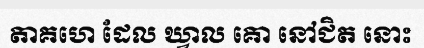
តាគហេ ដែល ឃ្វាល គោ នៅជិត នោះ